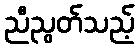
ညီညွတ်သည့်